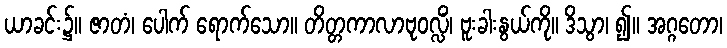
ယာခင်း၌။ ဇာတံ၊ ပေါက် ရောက်သော။ တိတ္တကာလာဗုဝလ္လိံ၊ ဗူးခါးနွယ်ကို။ ဒိသွာ၊ ၍။ အဂ္ဂတော၊